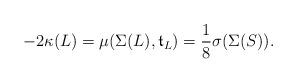
LaTeX: \begin{align*}-2 \kappa (L) = \mu ( \Sigma(L), \mathfrak{t}_L) = \frac{1}{8}\sigma( \Sigma(S) ). \end{align*}